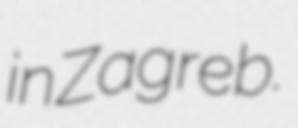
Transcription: in Zagreb.